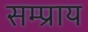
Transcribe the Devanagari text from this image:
सम्प्राय